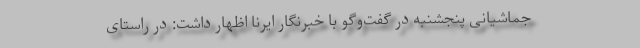
جماشیانی پنجشنبه در گفت‌وگو با خبرنگار ایرنا اظهار داشت: در راستای